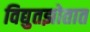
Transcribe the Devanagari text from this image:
विद्युतझोतात